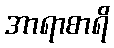
အာရာစာရိ